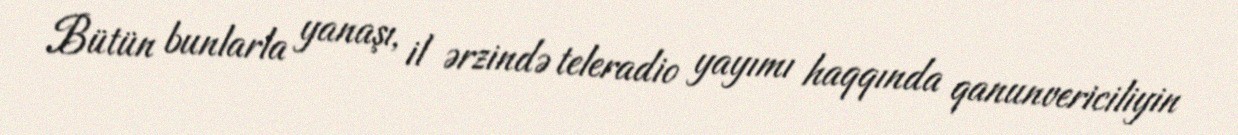
Bütün bunlarla yanaşı, il ərzində teleradio yayımı haqqında qanunvericiliyin